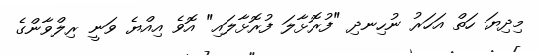
މިދިޔަ ހަތް އަހަރު ނުހިނދި "ފުރޮޅާލަ ފުރޮޅާލައި" އޮވެ އިއްޔެ ވަނީ ރިލްވާންގެ